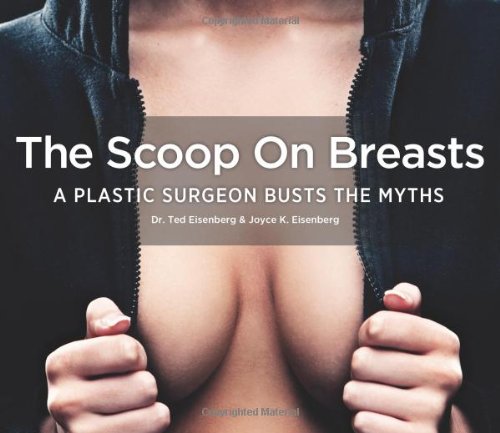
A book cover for The Scoop on Breasts: A Plastic Surgeon Busts the Myths; Ted Eisenberg; Humor & Entertainment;